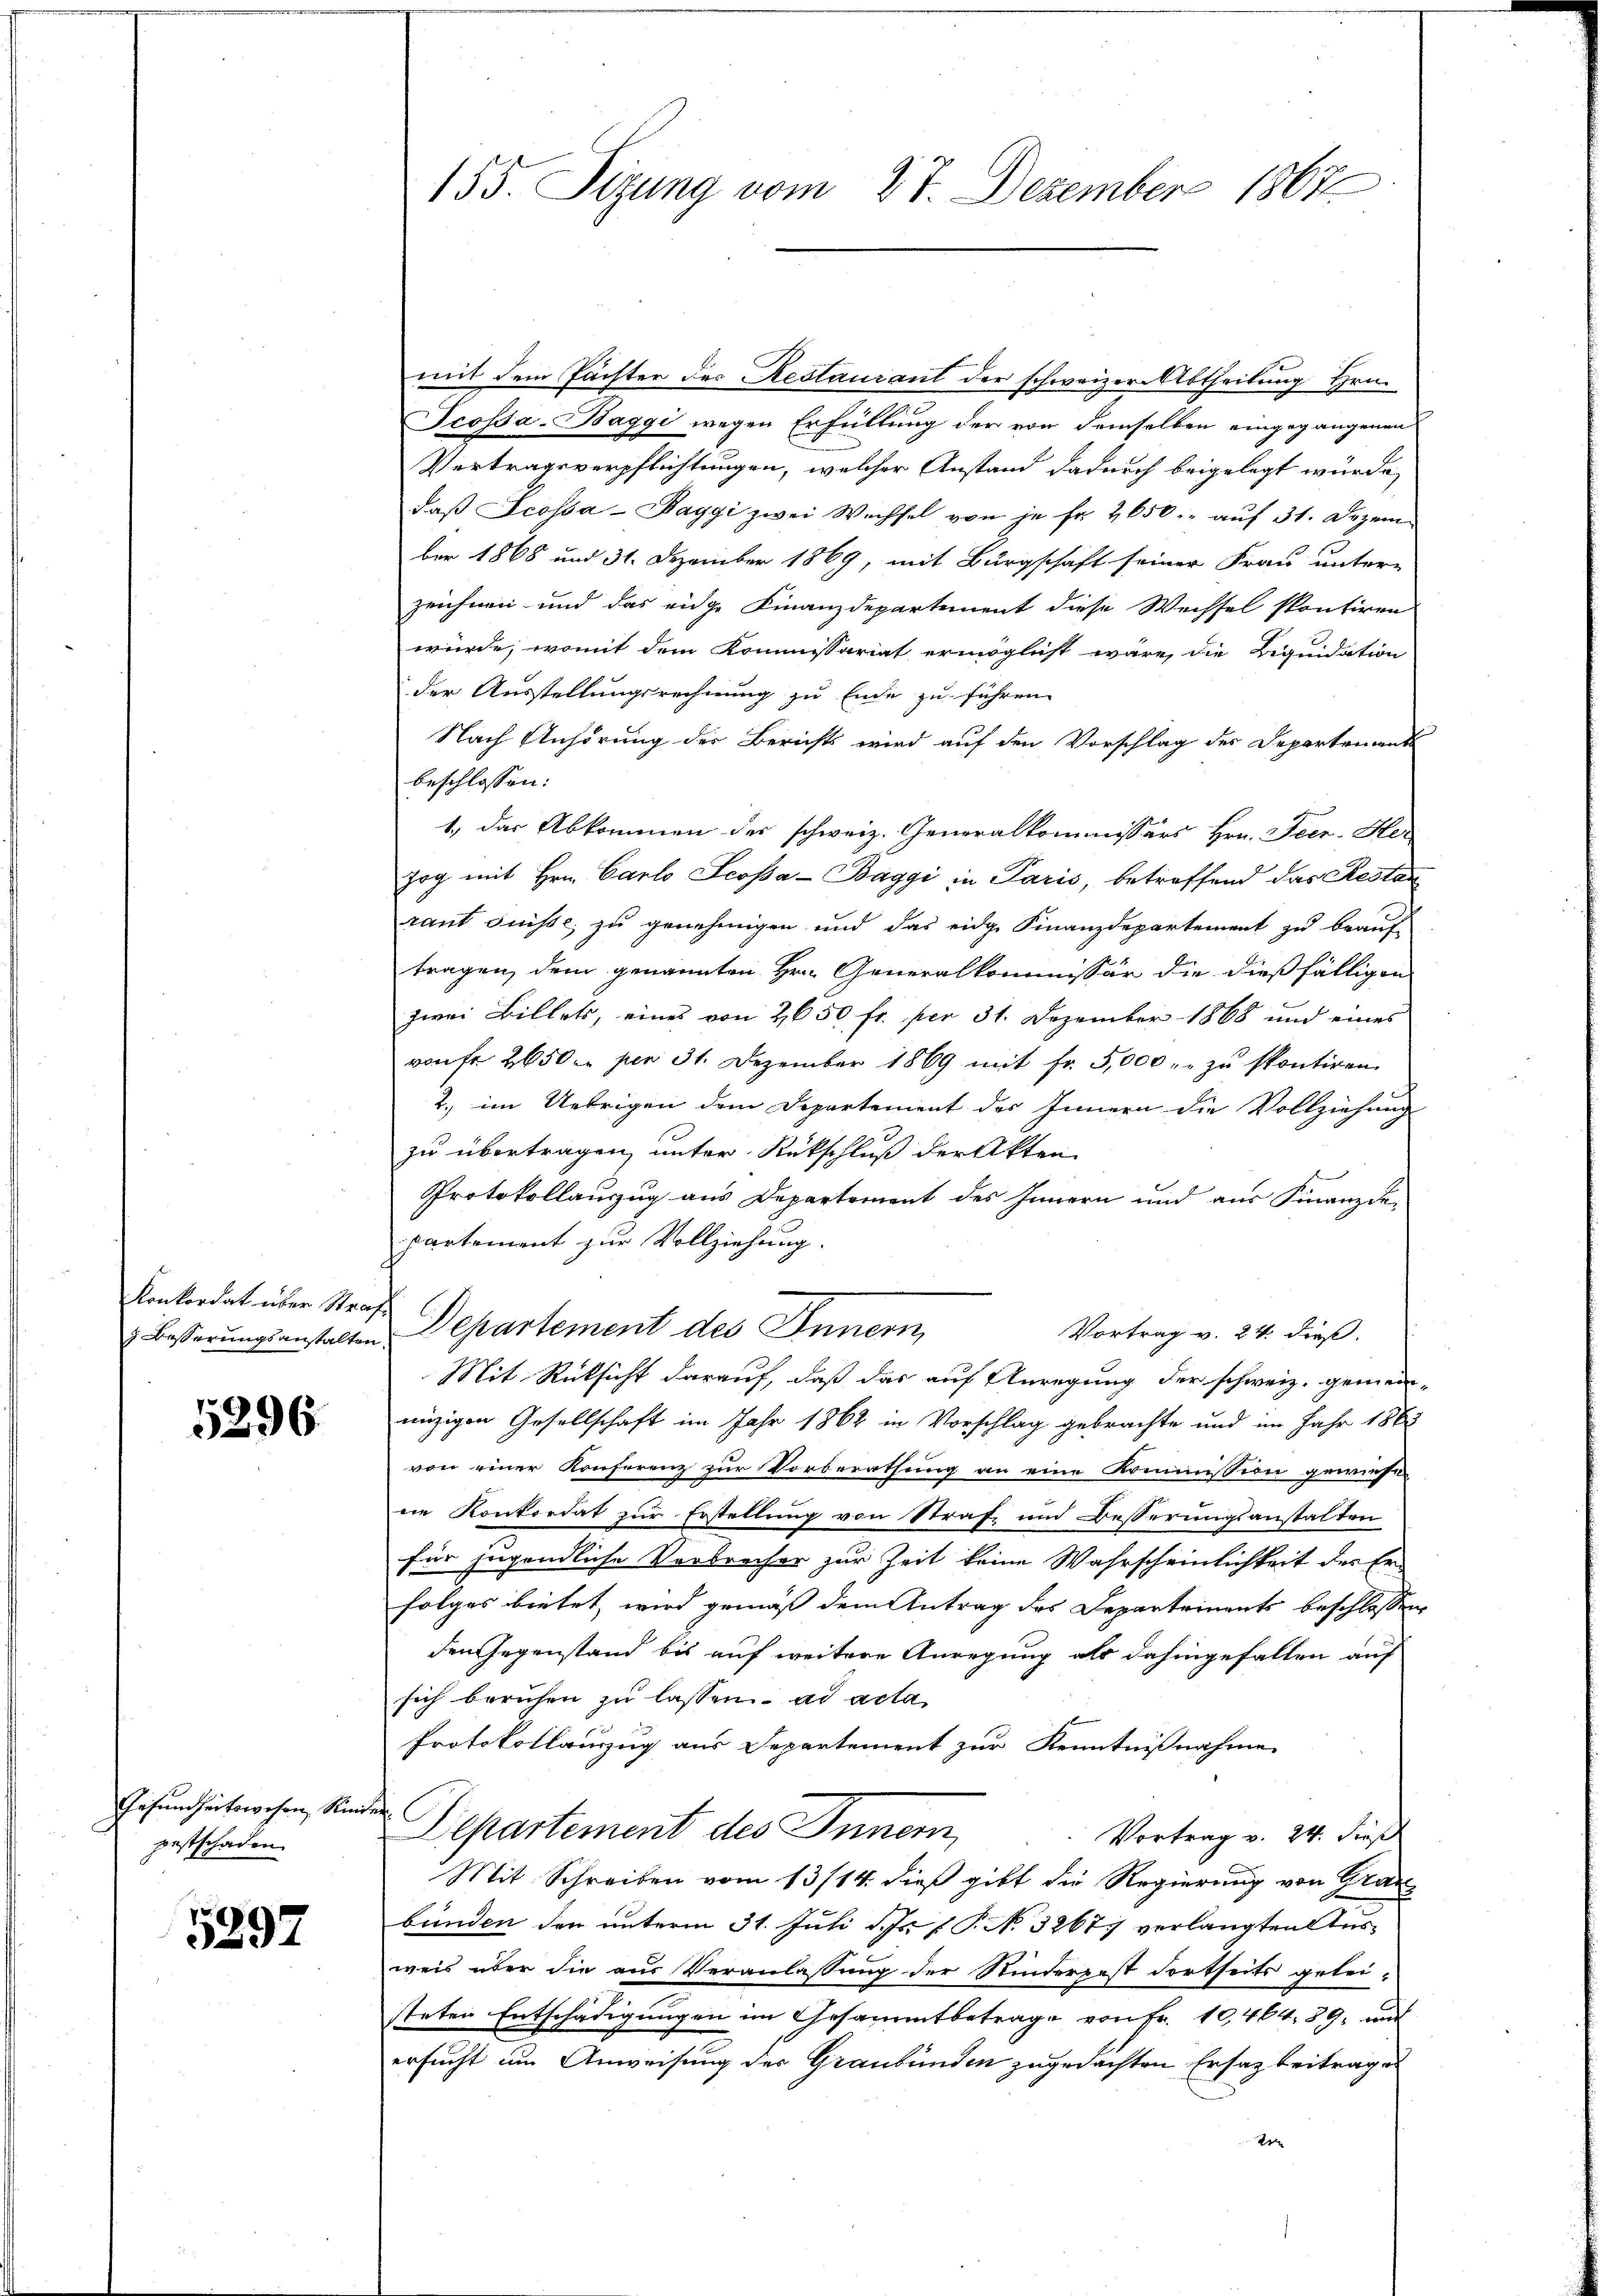
Konkordat über Strafe

5296.

Gesundheitswesen, Rin
pestschaden.

5292

155. Sitzung vom 27. Dezember 1867

mit dem Pächter des Restaurant der schweizer-Abtheilung Hrn.
Scossa-Baggi wegen Erfüllung der von demselben eingegangenen
Vertragsverpflichtungen, welcher Anstand dadurch beigelegt wurde,
daβ Scossa-Baggi zwei Wechsel von je fr. 2650.- aŭf 31. Dezem
ber 1868 und 31. Dezember 1869, mit Burgschaft seiner Frau untere
zeichnen und das eige Finanzdepartement diese Wechsel spontiren
würde, womit dem Kommissariat ermöglicht wäre, die Liquidation
der Ausstellungsrechnung zu Ende zu führen.
Nach Anhörung der Berichts wird auf den Vorschlag des Departements
beschlossen:
1., das Abkommen des schweiz. Generalkommissärs Hrn. Feer. Her
zog mit Hrn. Carlo Scopa-Baggi in Paris, betreffend das Restan
raut suisse, zu genehmigen und das eidge Finanzdepartement zu beauf-
tragen, dem genannten Hrn. Generalkommissär die dießfälligen
zwei Billets, eines von 2650 fr. per 31. Dezember 1868 und eines
ronfr 2650 per 31. Dezember 1869 mit fr. 5,000 zu skontiren
2. im Uebrigen dem Departement des Innern die Vollziehung
zu übertragen, unter Rückschluß der Akten
Protokollauzug aus Departement des Innern und aus Finanzde-
partement zur Vollziehung.
1 Besserungsanstalten Departement des Innern
Vortrag v. 24. dieß.
Mit Rücksicht darauf, daß das auf Anregung der schweiz. gemein-
eizigen Gesellschaft im Jahr 1862 in Vorschlag gebrachte und im Jahr 1863
von einer Konferenz zur Vorberathung an eine Kommission gewiesen
die Konkordat zur Erstellung von Straf und Besserungsanstalten
für jugendliche Verbrecher zur Zeit keine Wahrscheinlichkeit der Erfolges bietet, wird gemäß dem Antrag des Departeinents beschlossen
den Gegenstand bis auf weitere Anregung als dahingefallen auf
sich beruhen zu lassen ad acta
Protokollauszug aus Departement zur Kenntnißnahme
.
Departement des Innern,
Vortrag v. 24. dieß
Mit Schreiben vom 13/14. dieß gibt die Regierung von Graz
bunden den unterm 31. Juli d. Js. f. P. N. 32677 verlangten Ausweis über die aus Veranlassung der Kinderpest dortseits gelei-
steten Entschädigungen im Gesammtbetrage von Fr. 10,464. 89, und
ersucht um Anweisung des Graubünden zugedachten Ersatz beitrage
ddr